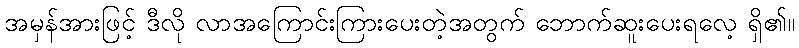
အမှန်အားဖြင့် ဒီလို လာအကြောင်းကြားပေးတဲ့အတွက် ဘောက်ဆူးပေးရလေ့ ရှိ၏။